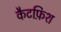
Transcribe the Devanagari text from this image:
कैटफ़िश